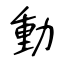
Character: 動